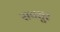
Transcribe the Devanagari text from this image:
रायतूर